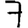
Digit: 7